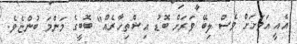
އެއީ އަވަށަށް ވެސް ލިބޭ ވަރަށް ބޮޑު އިޝްތިހާރެއް" ބޮބީގެ މަންމަ ބުންޏެވެ.